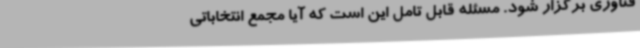
فناوری برگزار شود. مسئله قابل تامل این است که آیا مجمع انتخاباتی